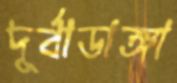
দূর্বাডাঙ্গা